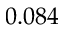
0 . 0 8 4